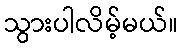
သွားပါလိမ့်မယ်။